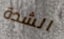
الشدة